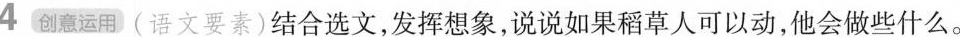
4创意运用(语文要素) 结合选文，发挥想象，说说如果稻草人可以动，他会做些什么。